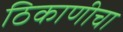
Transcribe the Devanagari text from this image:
ठिकाणीचा